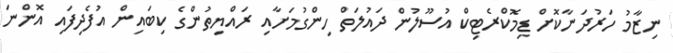
ނިޒާމު ހަރުދަނާކޮށް ޑިމޮކްރެޓިކް އުސޫލުން ދައުލަތް ހިންގުމަށާއި ރައްޔިތުންގެ ކިބައިން އުފެދިފައި އޮންނަ